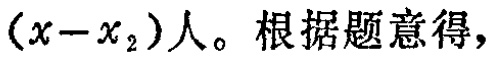
$(x - x_{2})$人。根据题意得，